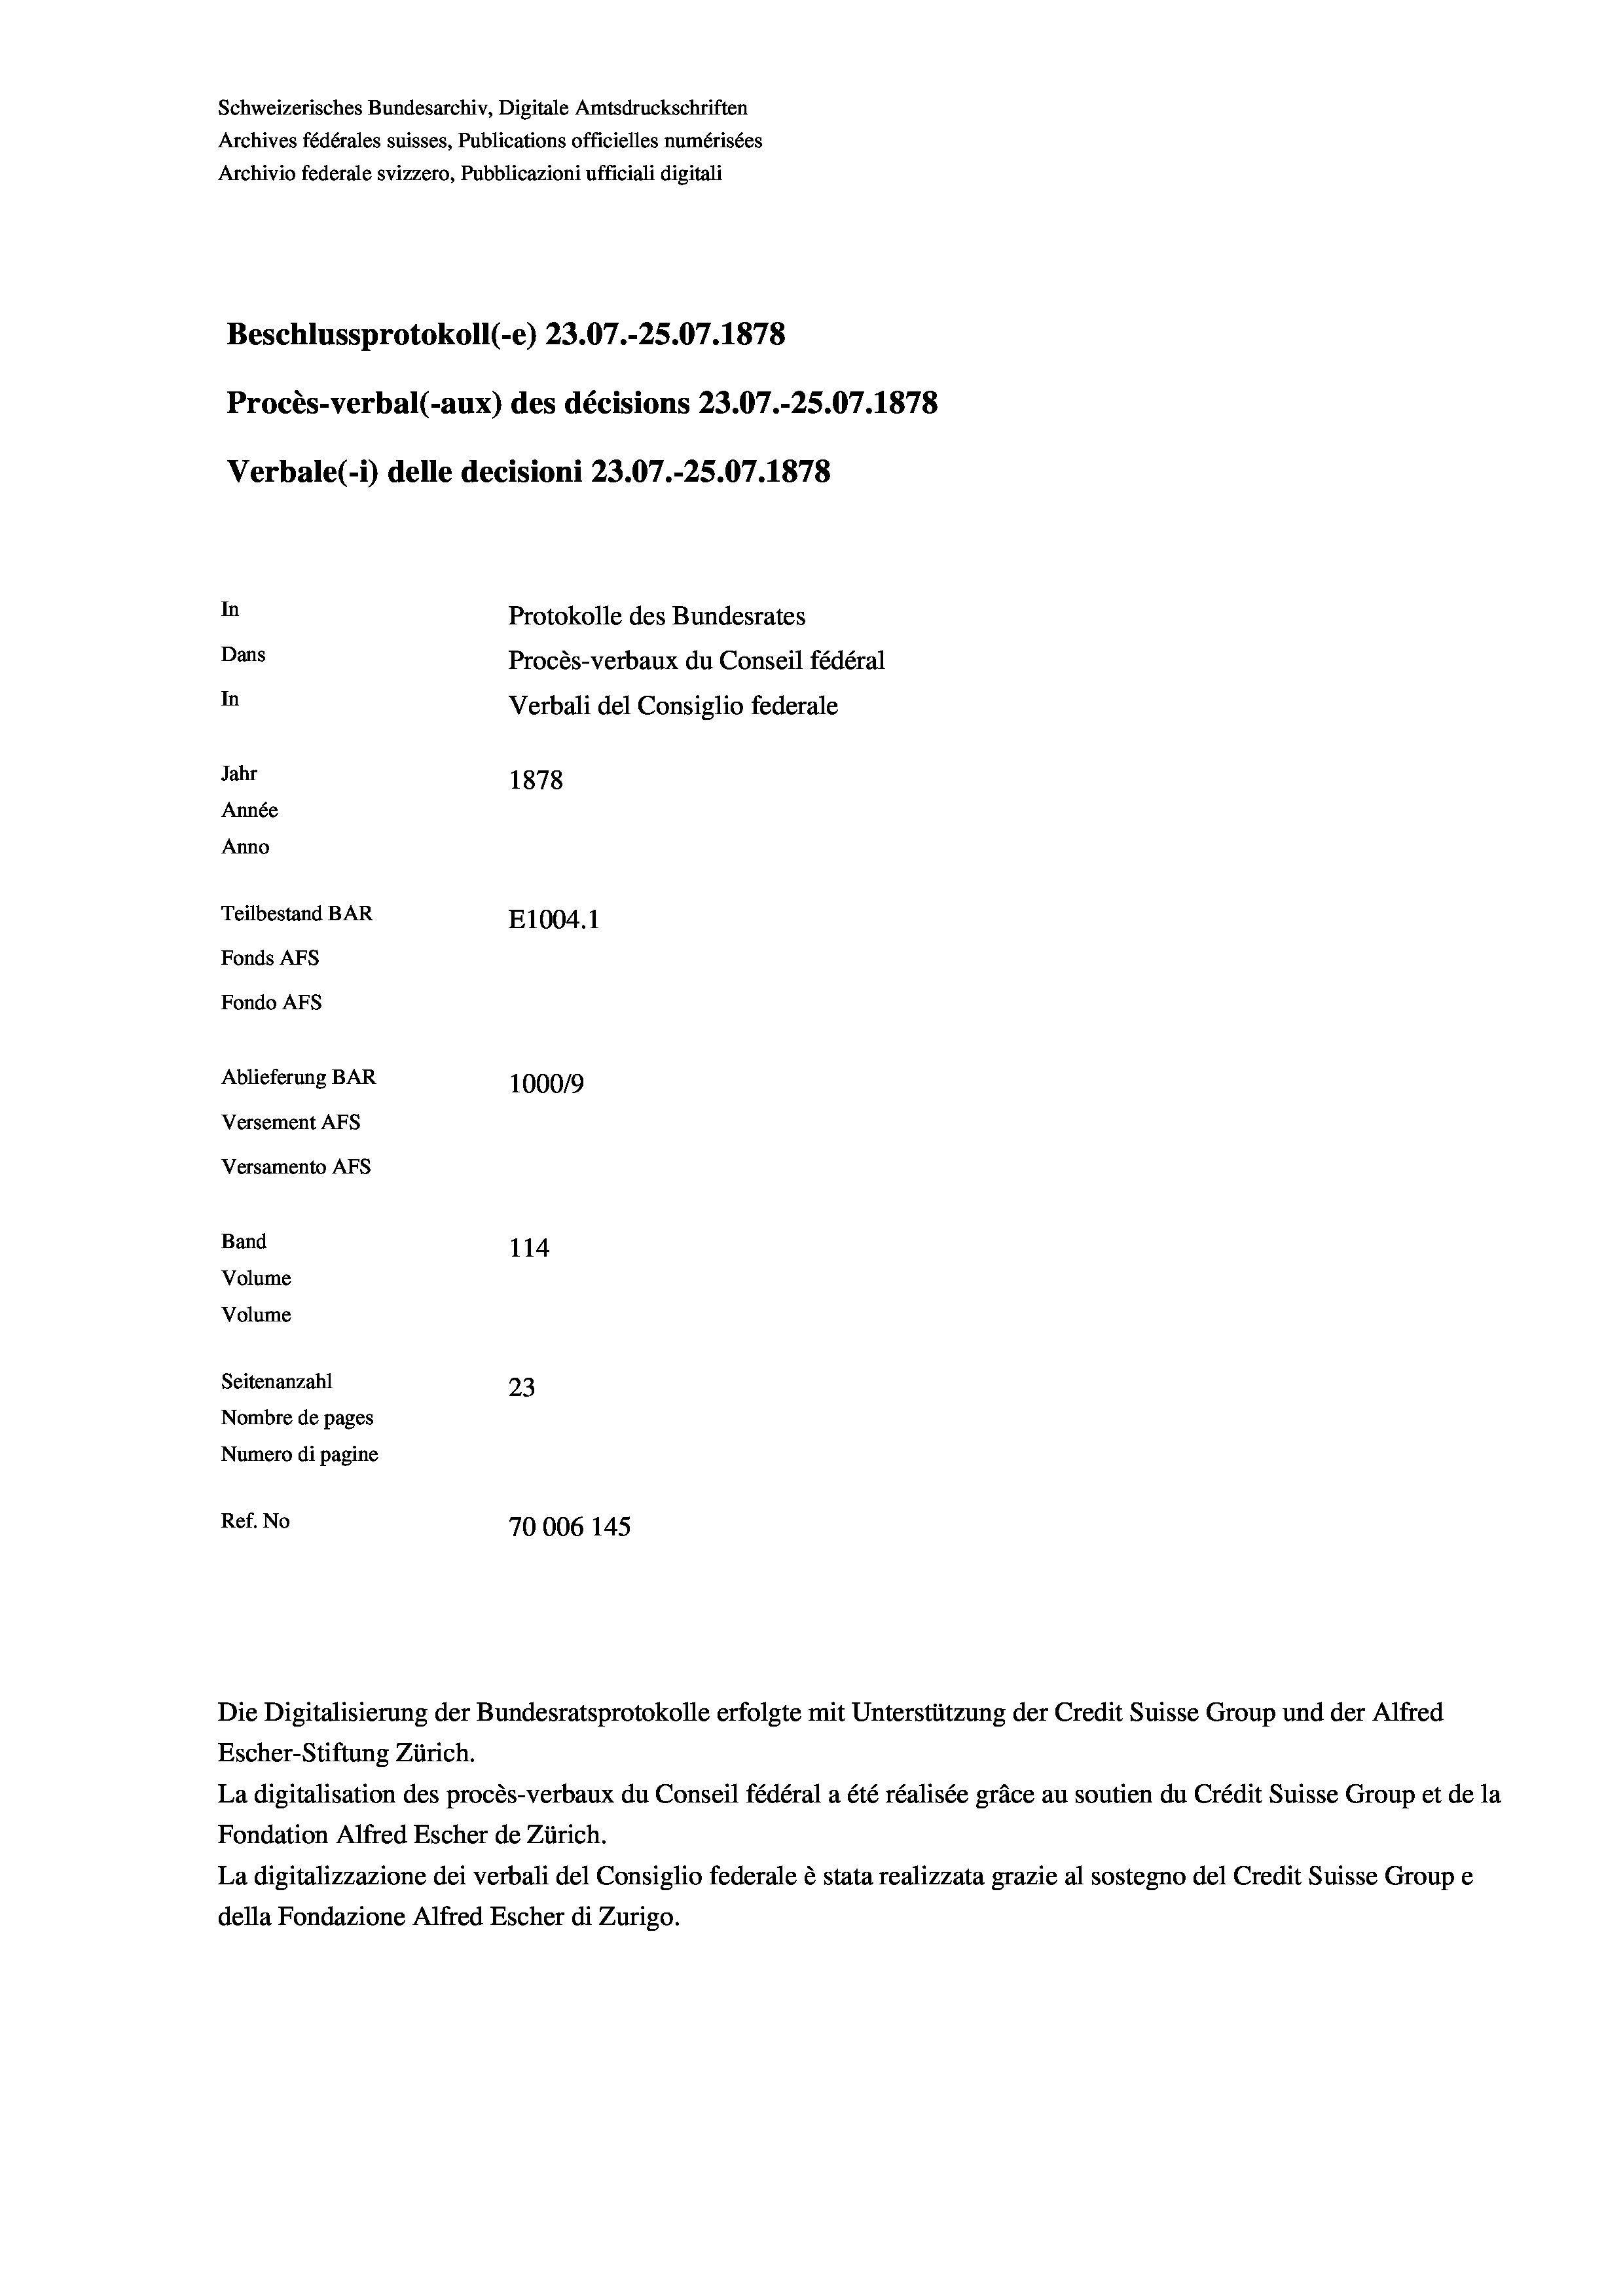
Schweizerisches Bundesarchiv, Digitale Amtsdruckschriften
Archives fédérales suisses, Publications officielles numérisées
Archivio federale svizzero, Pubblicazioni ufficiali digitali

Beschlussprotokoll (-e) 23.07.-25.07. 1878
Procès-verbal (-aux) des décisions 23.07.-25.07.1878
In
Protokolle des Bundesrates
Dans
Procès-verbaux du Conseil fédéral
In
Verbali del Consiglio federale
Jahr
1878
Année
Anno
Teilbestand BAR
E1004. 1
Fonds Afs
Fondo Afs
Ablieferung BAR
100019
Versement AFs

Versamento AFs
Band

114
Seitenanzahl
23
Nombre de pages
Numero di pagine
Ref. No
70006 145

Volume
Volume

Verbale (- 1) delle decisioni 23.07.-25.07. 1878

Die Digitalisierung der Bundesratsprotokolle erfolgte mit Unterstützung der Credit Suisse Group und der Alfred
Escher-Stiftung Zürich.
La digitalisation des procès-verbaux du Conseil fédéral a été réalisée gräce au soutien du Crédit Suisse Group et de la
Fondation Alfred Escher de Zürich.
La digitalizzazione dei verbali del Consiglio federale è stata realizzata grazie al sostegno del Credit Suisse Groupe
della Fondazione Alfred Escher di Zurigo.